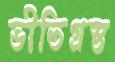
ভীতিগ্রস্ত